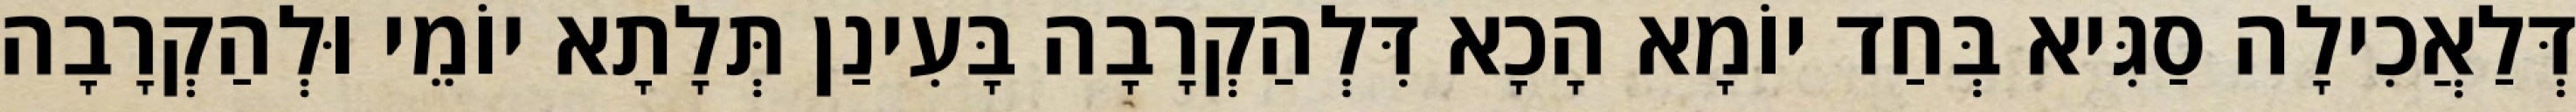
דְּלַאֲכִילָה סַגִּיא בְּחַד יוֹמָא הָכָא דִּלְהַקְרָבָה בָּעִינַן תְּלָתָא יוֹמֵי וּלְהַקְרָבָה